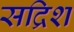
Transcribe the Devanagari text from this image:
सद्रिश